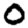
Digit: 0